Lunatic asylums Central Provinces reports 1874-1885 - 1874-1885
Year: 1874
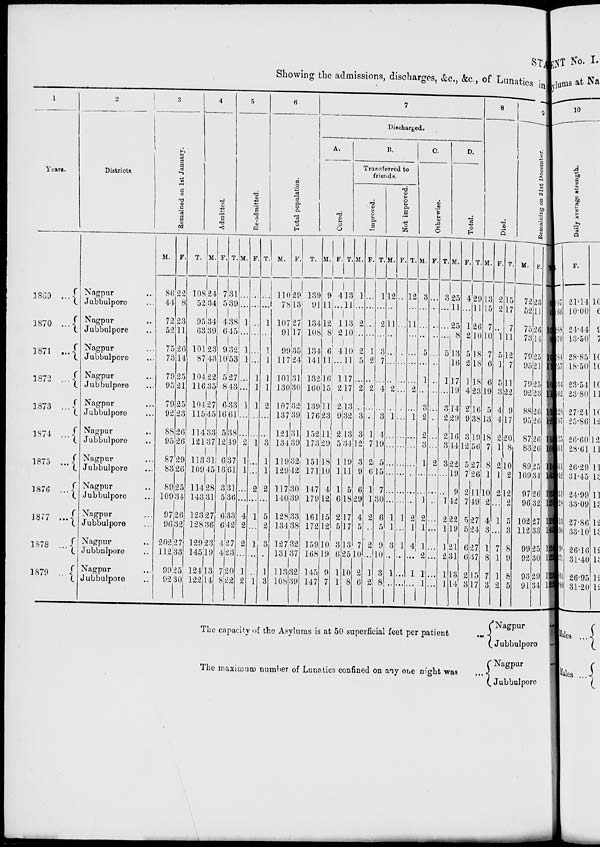
STATE
Showing the admissions, discharges, &c., &c., of Lunatics in
1
Years.
1869 ...
1870 ...
1871
...
1872 ...
1873 ...
1874 ...
1875 ...
1876 ...
1877
...
1878 ...
1879 ...
2
Districts.
Nagpur ...
Jubbulpore ...
Nagpur
..
Jubbulpore ..
Nagpur ...
Jubbulpore ...
Nagpur ...
Jubbulpore ...
Nagpur ...
Jubbulpore ...
Nagpur ...
Jubbulpore ...
Nagpur ...
Jubbulpore ...
Nagpur ...
Jubbulpore ...
Nagpur ...
Jubbulpore ...
Nagpur ...
Jubbulpore ...
Nagpur ...
Jubbulpore ...
3
Remained on 1st January.
M.
86
44
72
52
75
73
79
95
79
92
88
95
87
83
89
109
97
96
202
112
99
92
F.
22
8
23
11
26
14
25
21
25
23
26
26
29
26
25
31
26
32
27
33
25
30
T.
108
52
95
63
101
87
104
116
104
115
114
121
113
109
114
143
123
128
129
145
124
122
4
Admitted.
M.
24
34
34
39
23
43
22
35
27
45
33
37
31
45
28
31
27
36
23
19
13
14
F.
7
5
4
6
9
10
5
8
6
16
5
12
6
16
3
5
6
6
4
4
7
8
T.
31
39
38
45
32
53
27
43
33
61
38
49
37
61
31
36
33
42
27
23
20
22
5
Re-admitted.
M.
...
...
1
...
1
1
...
...
1
...
...
2
1
1
...
...
4
2
2
...
1
2
F.
...
...
...
...
...
...
1
1
1
...
...
1
...
...
2
...
1
...
1
...
...
1
T.
...
...
1
...
1
1
1
1
2
...
...
3
1
1
2
...
5
2
3
...
1
3
6
Total population.
M.
110
78
107
91
99
117
101
130
107
137
121
134
119
129
117
140
128
134
127
131
113
108
F.
29
13
27
17
35
24
31
30
32
39
31
39
32
42
30
39
33
38
32
37
32
39
T.
139
91
134
108
134
141
132
160
139
176
152
173
151
171
147
179
161
172
159
168
145
147
7
Discharged.
A.
Cured.
M.
9
11
12
8
6
11
16
15
11
23
11
29
18
10
4
12
15
12
10
19
9
7
F.
4
...
1
2
4
...
1
2
2
9
2
5
1
1
1
6
2
5
3
6
1
1
T.
13
11
13
10
10
11
17
17
13
32
13
34
19
11
5
18
17
17
13
25
10
8
B.
Transferred to
friends.
Improved.
M.
1
...
2
...
2
5
...
2
...
3
3
12
3
9
6
29
4
5
7
10
2
6
F.
...
...
...
...
1
2
...
2
...
...
1
7
2
6
1
1
2
...
2
...
1
2
T.
1
...
2
...
3
7
...
4
...
3
4
19
5
15
7
30
6
5
9
10
3
8
Not improved.
M.
12
...
11
...
...
...
...
2
...
1
...
...
...
...
...
...
1
1
3
...
1
...
F.
...
...
...
...
...
...
...
...
...
...
...
...
...
...
...
...
1
...
1
...
...
...
T.
12
...
11
...
...
...
...
2
...
1
...
...
...
...
...
...
2
1
4
...
1
...
C.
Otherwise.
M.
3
...
...
...
5
...
1
...
3
2
2
3
1
...
...
1
2
1
1
2
1
1
F.
...
...
...
...
...
...
...
...
...
...
...
...
2
...
...
...
...
...
...
...
...
...
T.
3
...
...
...
5
...
1
...
3
2
2
3
3
...
...
1
2
1
1
2
1
1
D.
Total.
M.
25
11
25
8
13
16
17
19
14
29
16
44
22
19
9
42
22
19
21
31
13
14
F.
4
...
1
2
5
2
1
4
2
9
3
12
5
7
2
7
5
5
6
6
2
3
T.
29
11
26
10
18
18
18
23
16
38
19
56
27
26
11
49
27
24
27
37
15
17
8
Died.
M.
13
15
7
10
7
6
6
19
5
13
18
7
8
1
10
2
4
3
1
8
7
3
F.
2
2
...
1
5
1
5
3
4
4
2
1
2
1
2
...
1
...
7
1
1
2
T.
15
17
7
11
12
7
11
22
9
17
20
8
10
2
12
2
5
3
8
9
8
5
9
Remaining on 31st December.
M.
72
52
75
73
79
95
79
92
88
95
87
83
89
109
97
96
102
112
99
92
93
91
F.
23
11
26
14
25
21
25
23
26
26
26
26
25
34
26
32
27
33
25
30
29
34
T.
95
63
101
87
104
116
104
115
114
121
113
109
114
143
123
128
129
145
124
122
122
125
The capacity of the Asylums is at 50 superficial feet per patient ...
The maximum number of Lunatics confined on any one night was ...
Nagpur
Jubbulpore
Nagpur
Jubbulpore